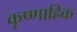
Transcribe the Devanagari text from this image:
कृष्णाह्रिक